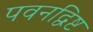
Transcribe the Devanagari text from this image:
पवनद्विष्ट